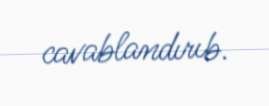
cavablandırıb.